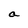
Character: a